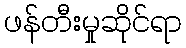
ဖန်တီးမှုဆိုင်ရာ